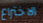
الاختراع